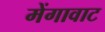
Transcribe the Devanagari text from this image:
मेंगावाट